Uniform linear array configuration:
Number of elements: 48
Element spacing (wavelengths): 0.25
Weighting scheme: cosine
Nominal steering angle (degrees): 45
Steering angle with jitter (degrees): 45.394
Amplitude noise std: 0.05
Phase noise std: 0.05

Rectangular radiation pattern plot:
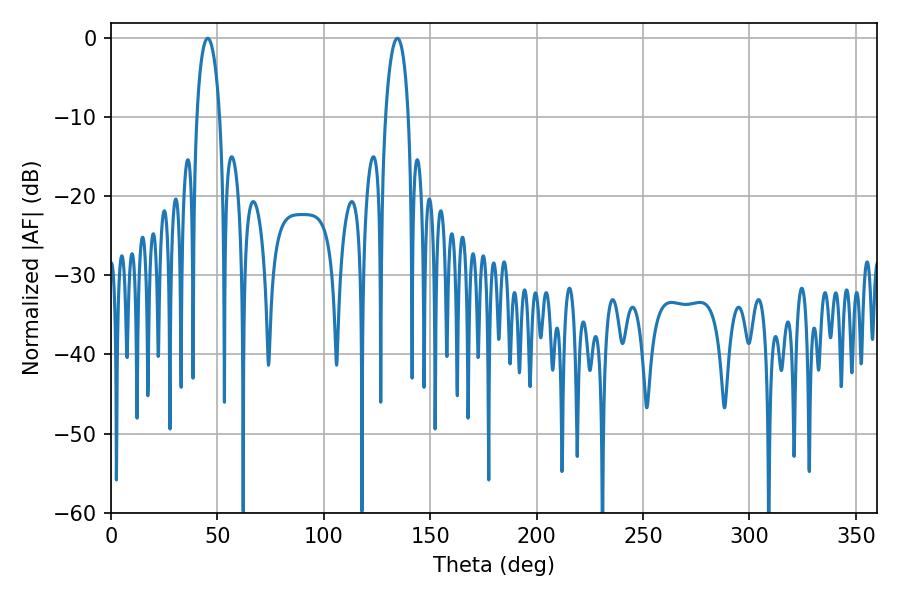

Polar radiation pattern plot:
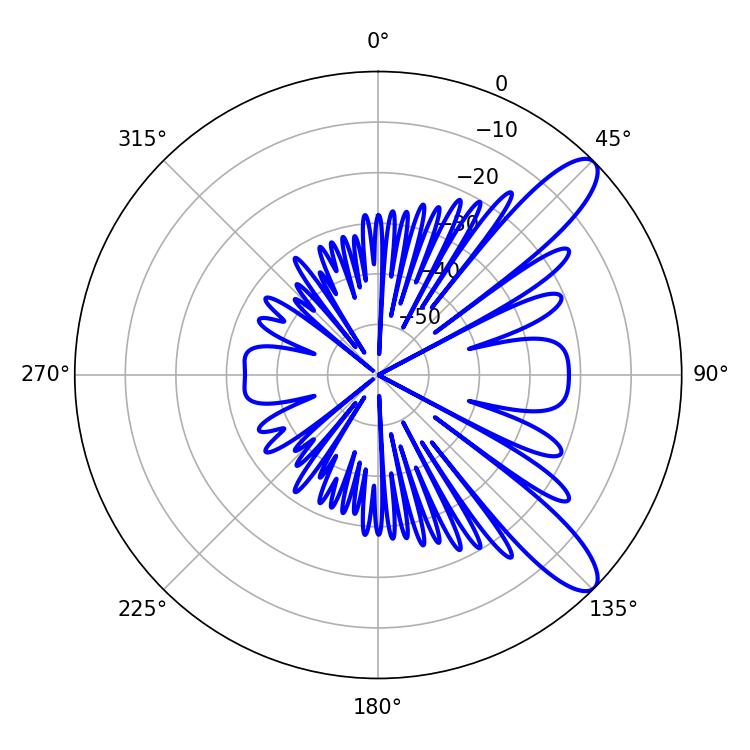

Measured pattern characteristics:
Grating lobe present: FALSE
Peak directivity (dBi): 10.68
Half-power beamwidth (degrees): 6.12
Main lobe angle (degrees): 45.36